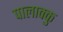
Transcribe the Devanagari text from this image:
पालाक्कु